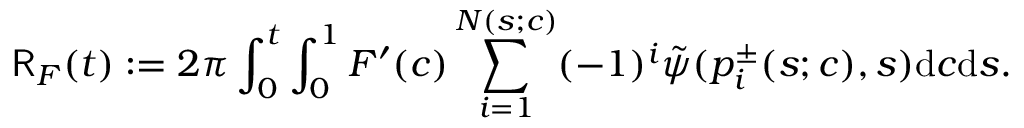
\mathsf { R } _ { F } ( t ) : = 2 \pi \int _ { 0 } ^ { t } \int _ { 0 } ^ { 1 } F ^ { \prime } ( c ) \sum _ { i = 1 } ^ { N ( s ; c ) } ( - 1 ) ^ { i } \tilde { \psi } ( p _ { i } ^ { \pm } ( s ; c ) , s ) \mathrm { d } c \mathrm { d } s .